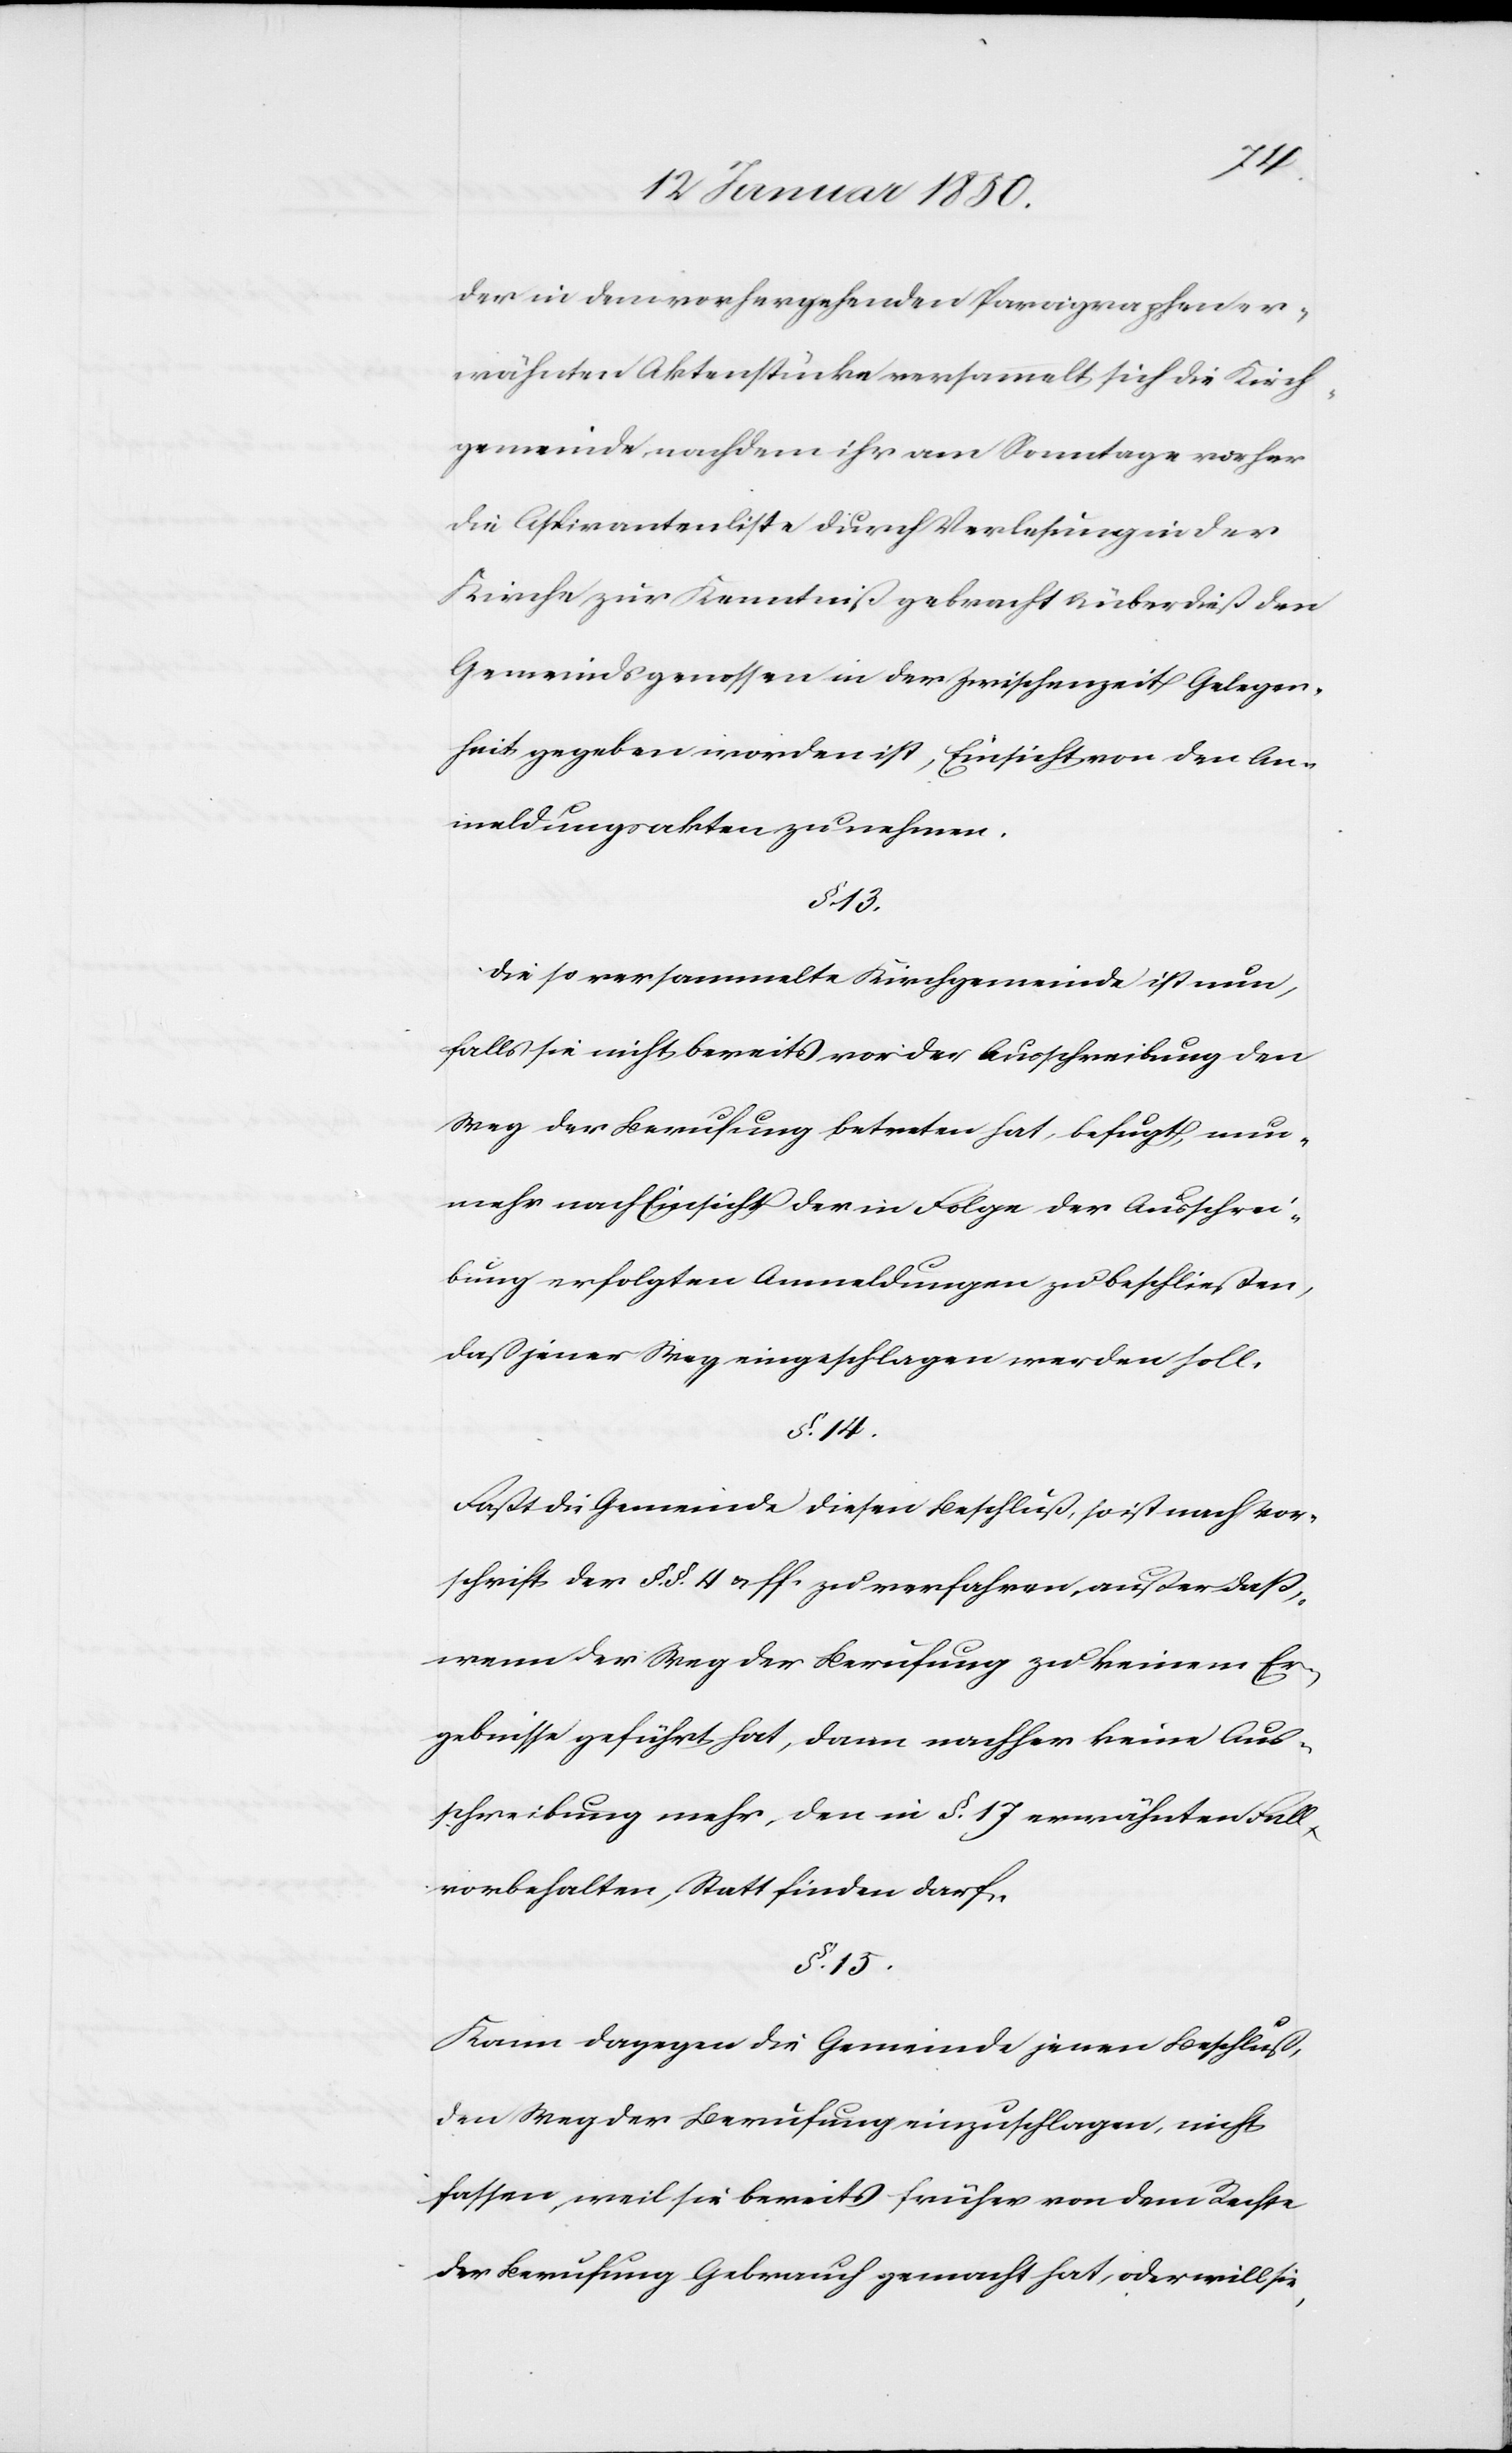
der in dem vorhergehenden Paragraphen er¬
wähnten Aktenstücke versammelt sich die Kirch¬
gemeinde, nachdem ihr am Sonntage vorher
die Aspirantenliste durch Verlesung in der
Kirche zur Kenntniß gebracht u. überdieß den
Gemeindsgenossen in der Zwischenzeit Gelegen¬
heit gegeben worden ist, Einsicht von den An¬
meldungsakten zu nehmen.
§. 13.
Die so versammelte Kirchgemeinde ist nun,
falls sie nicht bereits vor der Ausschreibung den
Weg der Berufung betreten hat, befugt, nun¬
mehr nach Einsicht der in Folge der Ausschrei¬
bung erfolgten Anmeldungen zu beschließen,
daß jener Weg eingeschlagen werden soll.
§. 14.
Faßt die Gemeinde diesen Beschluß, so ist nach Vor¬
schrift der §. §. 4 u. ff. zu verfahren, außer daß,
wenn der Weg der Berufung zu keinem Er¬
gebnisse geführt hat, dann nachher keine Aus¬
schreibung mehr, den in §. 17 erwähnten Fall
vorbehalten, Statt finden darf.
§. 15.
Kann dagegen die Gemeinde jenen Beschluß,
den Weg der Berufung einzuschlagen, nicht
fassen, weil sie bereits früher von dem Rechte
der Berufung Gebrauch gemacht hat, oder will sie,